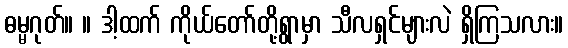
ဓမ္မဂုတ်။ ။ ဒါ့ထက် ကိုယ်တော်တို့ရွာမှာ သီလရှင်များလဲ ရှိကြသလား။